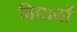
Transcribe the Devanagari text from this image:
विद्यानों